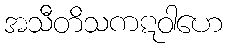
အသီတိသကဋဝါဟေ